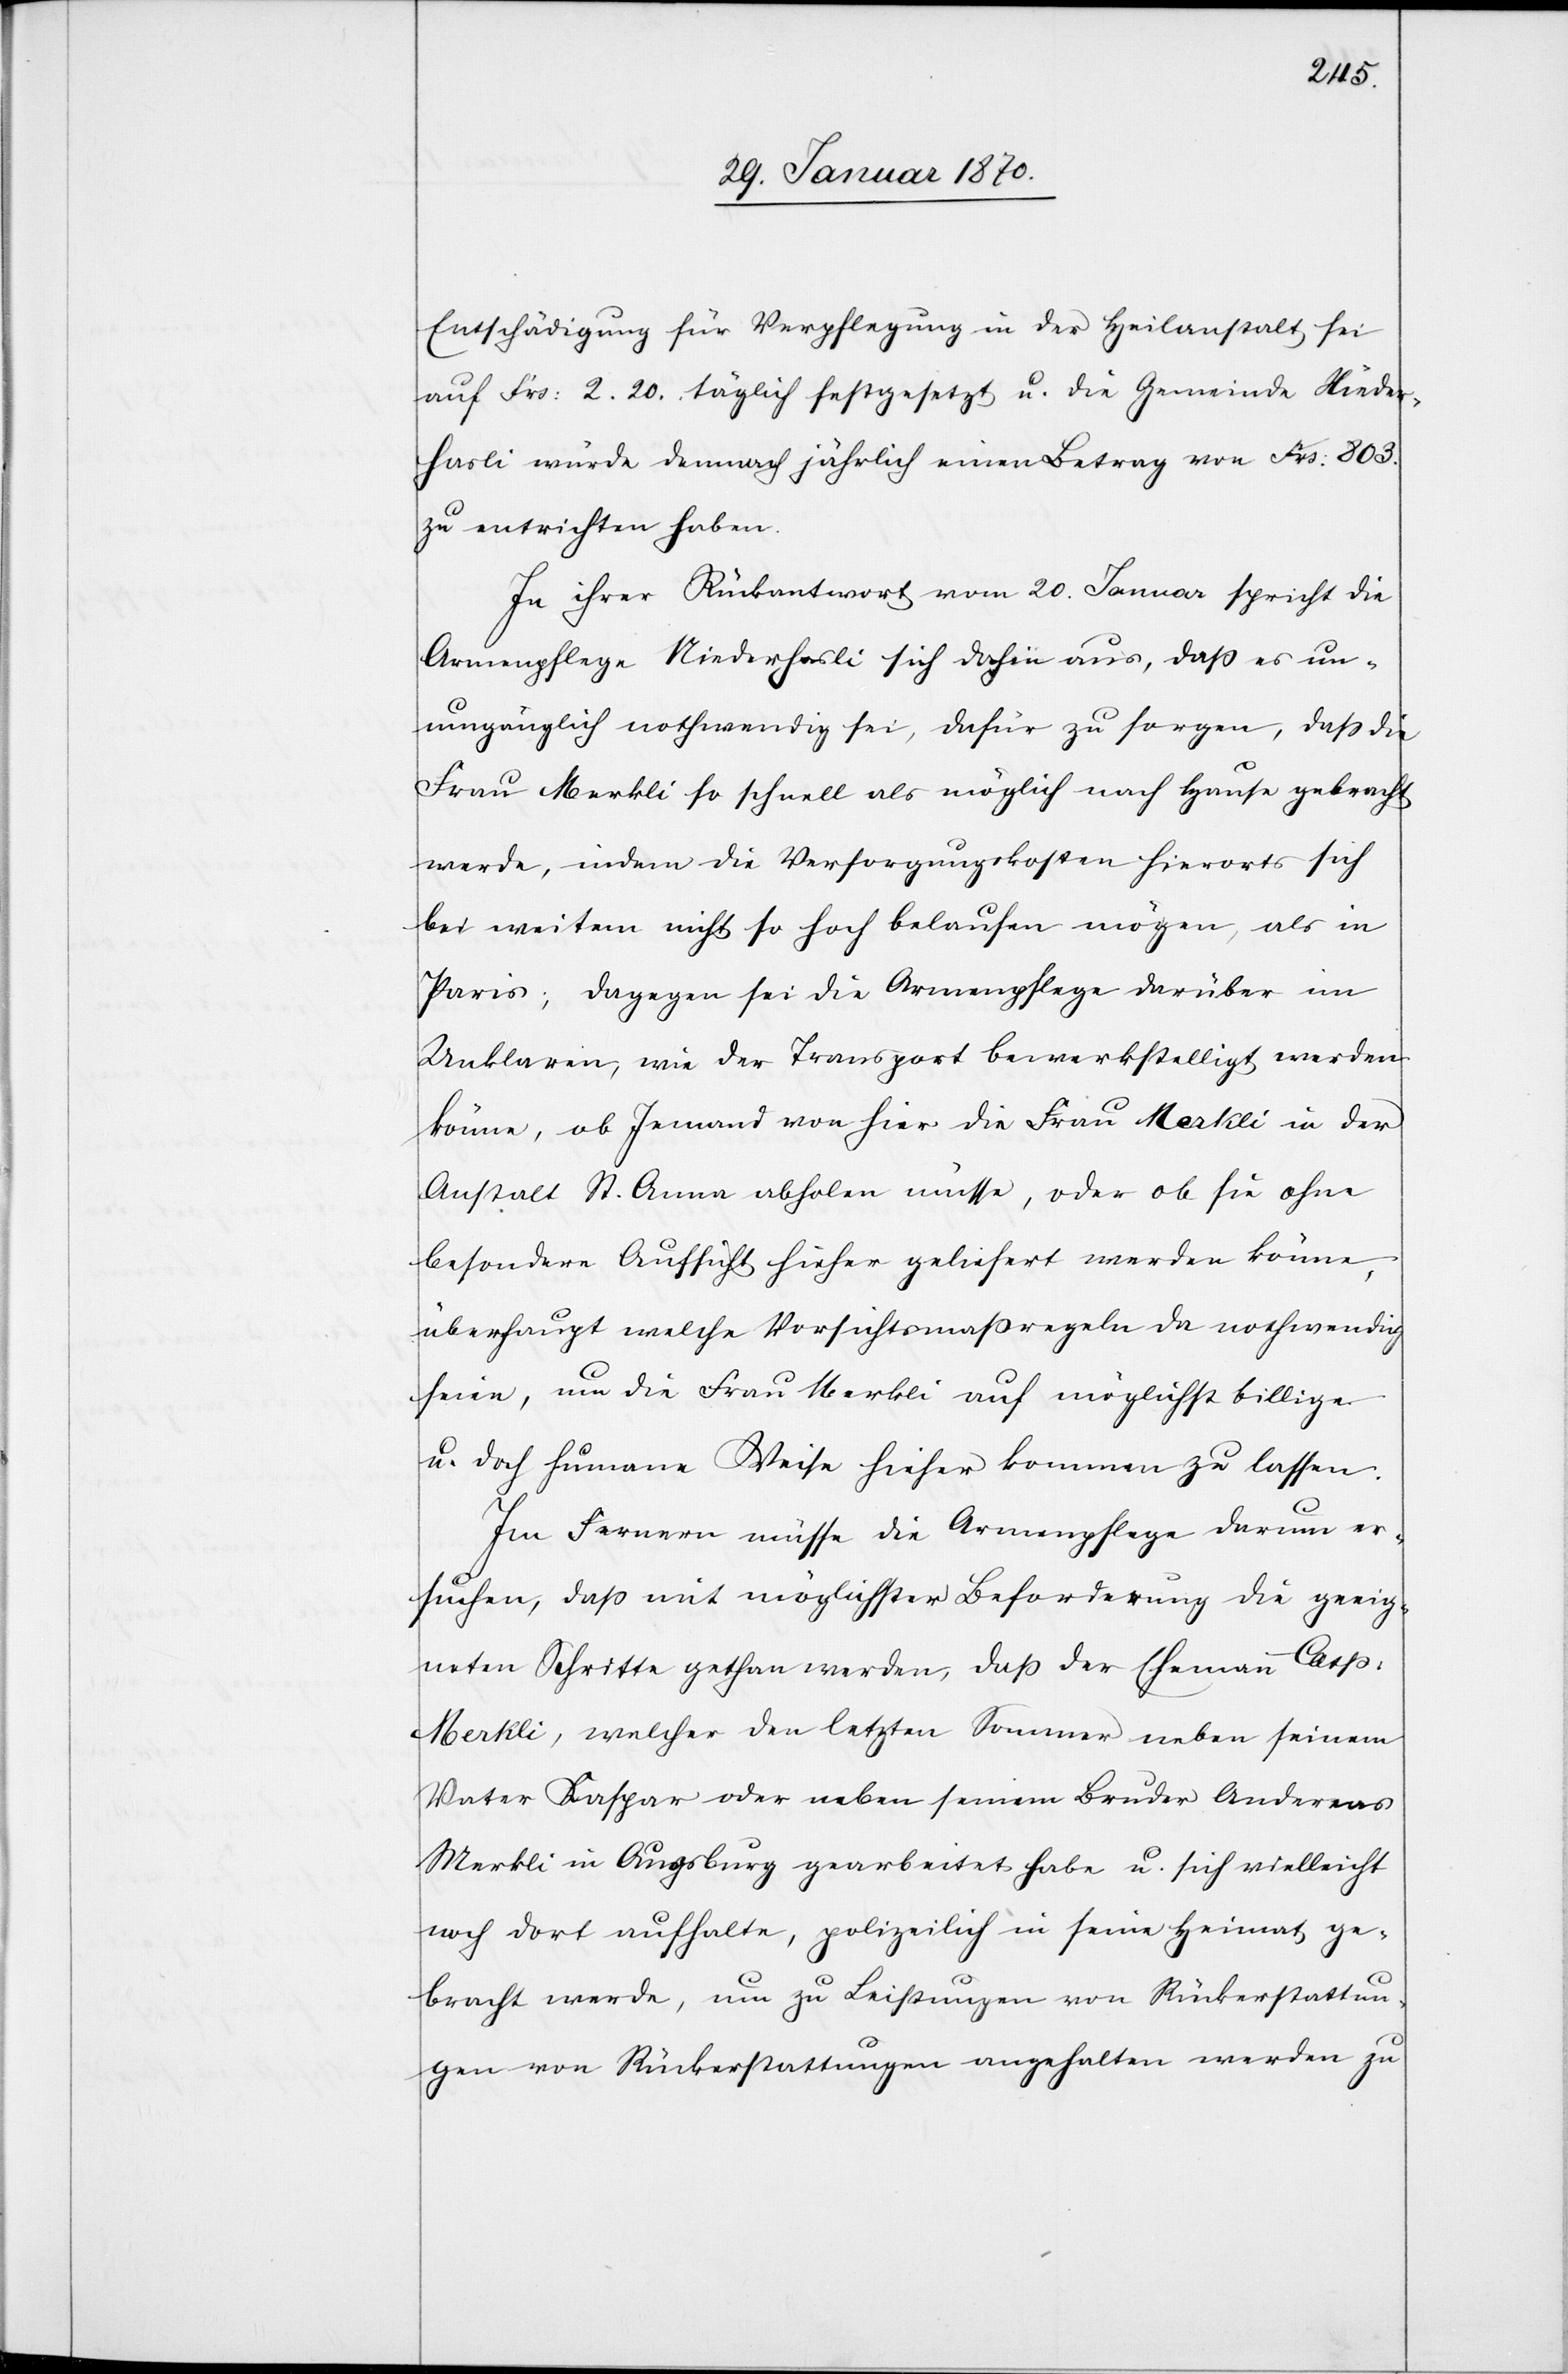
Entschädigung für Verpflegung in der Heilanstalt sei
auf Frs: 2.20. täglich festgesetzt u. die Gemeinde Nieder¬
hasli würde demnach jährlich einen Betrag von Frs. 803
zu entrichten haben.
In ihrer Rückantwort vom 20. Januar spricht die
Armenpflege Niederhasli sich dahin aus, daß es un¬
umgänglich nothwendig sei, dafür zu sorgen, daß die
Frau Merkli so schnell als möglich nach Hause gebracht
werde, indem die Versorgungskosten hierorts sich
bei weitem nicht so hoch belaufen mögen, als in
Paris; dagegen sei die Armenpflege darüber im
Unklaren, wie der Transport bewerkstelligt werden
könne, ob Jemand von hier die Frau Merkli in der
Anstalt St. Anna abholen müsse, oder ob sie ohne
besondere Aufsicht hieher geliefert werden könne,
überhaupt welche Vorsichtsmaßregeln da nothwendig
seien, um die Frau Merkli auf möglichst billige
u. doch humane Weise hieher kommen zu lassen.
Im Fernern müsse die Armenpflege darum er¬
suchen, daß mit möglichster Beforderung die geeig¬
neten Schritte gethan werden, daß der Ehemann Casp:
Merkli, welcher den letzten Sommer neben seinem
Vater Kaspar oder neben seinem Bruder Andereas
Merkli in Augsburg gearbeitet habe u. sich vielleicht
noch dort aufhalte, polizeilich in seine Heimat ge¬
bracht werde, um zu Leistungen von Rückerstattun¬
gen von Rückerstattungen [sic!] angehalten werden zu